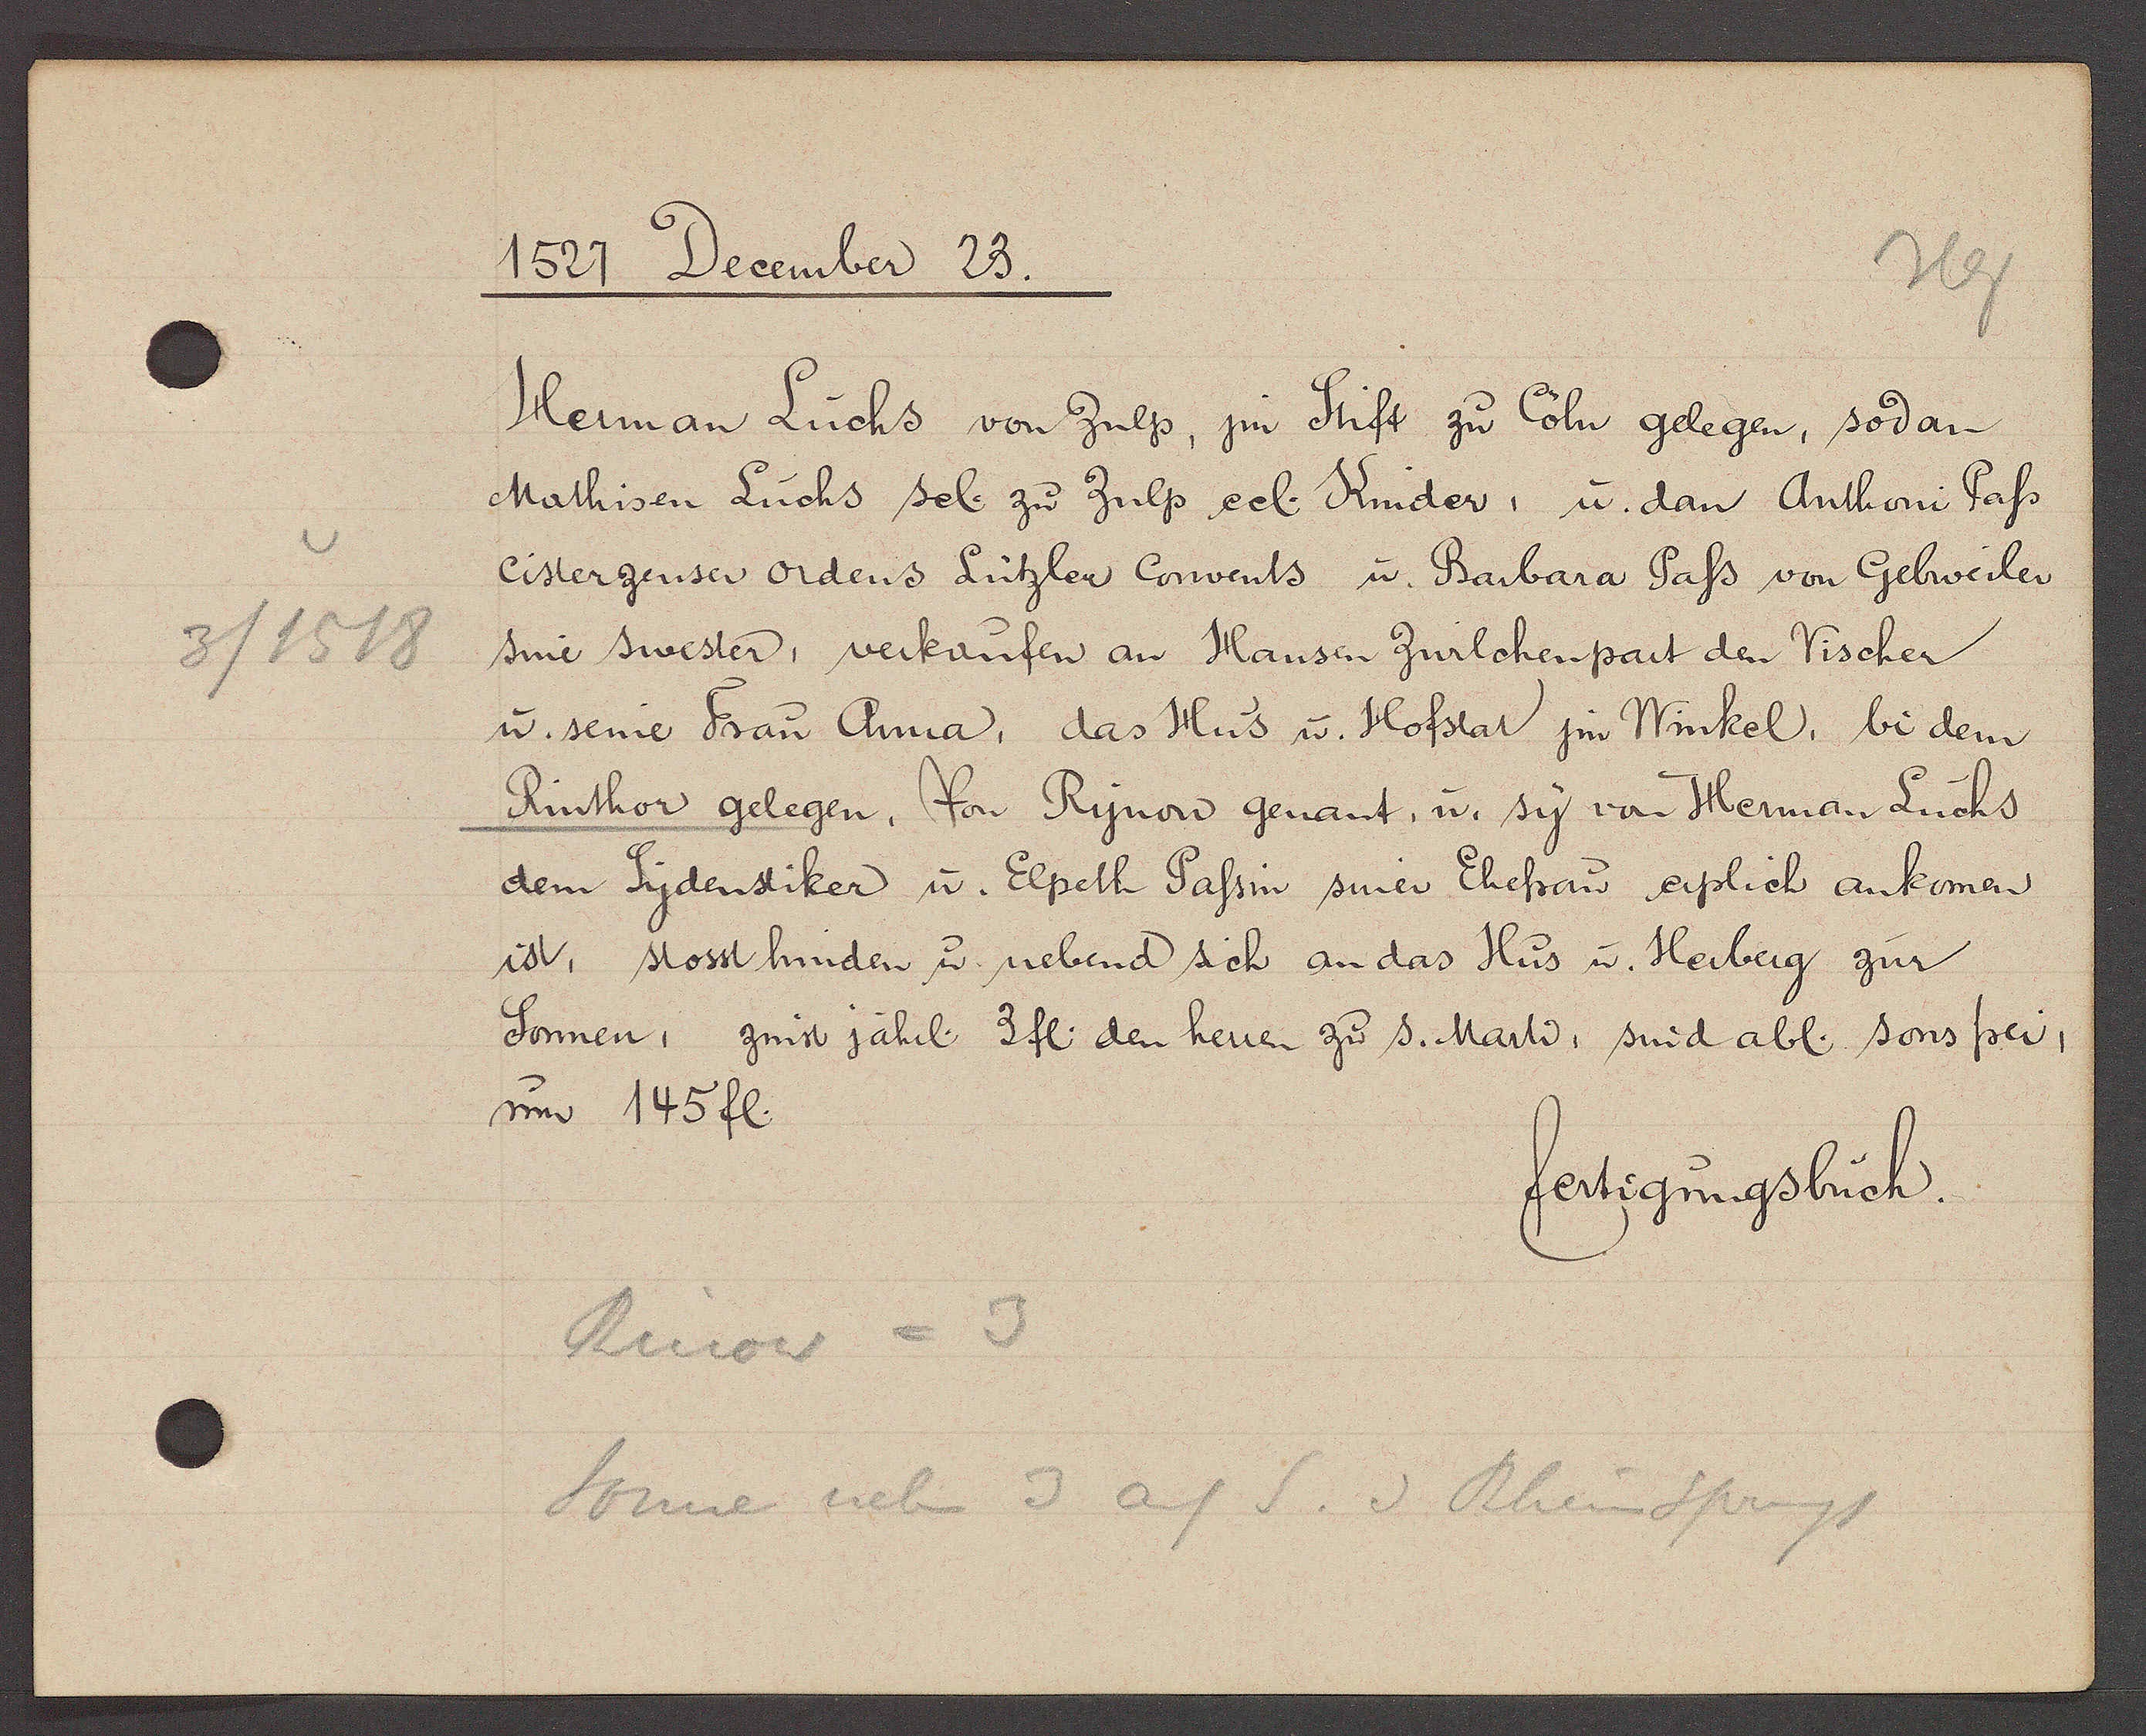
Transcript:
3/1518

1527 December 23.

Heman Luchs von Zulp, jm Stift zu Cöln gelegen, sodan
Mathisen Luchs sel. zu Zulp ecl. Kinder, u. dan Anthoni Pass
cisterzenser ordens Lützler Convents u. Barbara Pass von Gebweiler
sine swester, verkaufen an Hansen Zwilchenpart den Vischer
u. seine Frau Anna, das Hus u. Hofstat jm Winkel, bi dem
 Rinthor gelegen. Von Rynow genant. u. sy von Herman Luchs
dem Sydenstiker u. Elpeth Passin siner Ehefrow erplich ankomen
ist, stosst hinden u. nebend sich an das Hus u. Herberg zur
Sonnen, zinst jährl. 3 fl. den herren zur s. Marti, sind abl. sons frei,
um 145 fl.

fertigungsbuch

Rinow = 3
Sonnen neb 3 auf S. v Rheinsprung 1